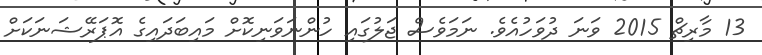
13 މާރިޗް 2015 ވަނަ ދުވަހުއެވެ. ނަމަވެސް ޖަލުގައި ހުންނަވަނިކޮށް މައިބަދައިގެ އޮޕަރޭޝަނަކަށް